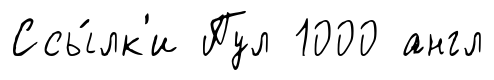
Ссы́лк'и Пул 1000 англ